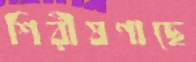
শিরীষগাছে